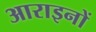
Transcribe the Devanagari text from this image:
आराइनों